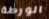
الورطة